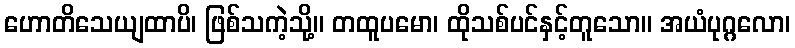
ဟောတိသေယျထာပိ၊ ဖြစ်သကဲ့သို့။ တထူပမော၊ ထိုသစ်ပင်နှင့်တူသော။ အယံပုဂ္ဂလော၊